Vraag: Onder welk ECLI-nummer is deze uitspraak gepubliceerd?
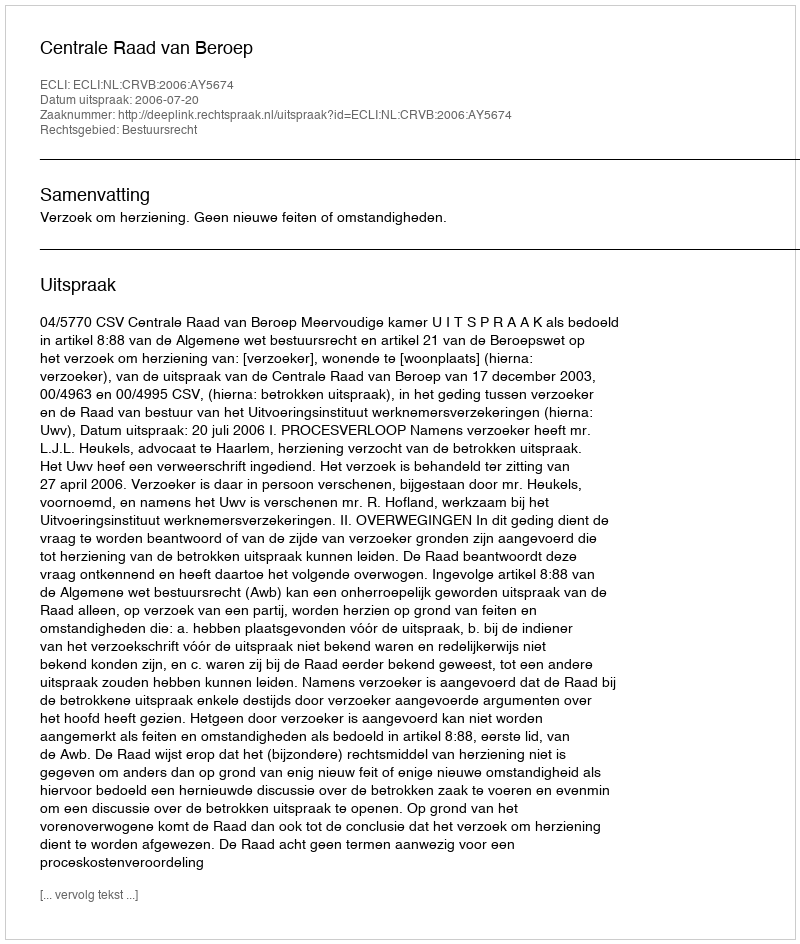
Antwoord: ECLI:NL:CRVB:2006:AY5674